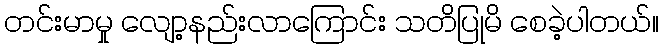
တင်းမာမှု လျော့နည်းလာကြောင်း သတိပြုမိ စေခဲ့ပါတယ်။